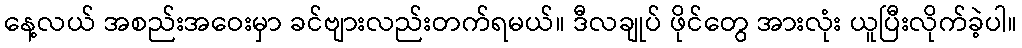
နေ့လယ် အစည်းအဝေးမှာ ခင်ဗျားလည်းတက်ရမယ်။ ဒီလချုပ် ဖိုင်တွေ အားလုံး ယူပြီးလိုက်ခဲ့ပါ။